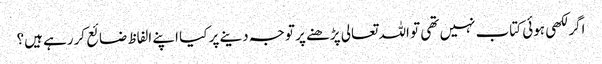
اگر لکھی ہوئی کتاب نہیں تھی تو اللہ تعالی پڑھنے پر توجہ دینے پر کیا اپنے الفاظ ضائع کررہے ہیں؟